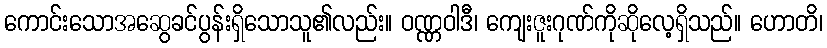
ကောင်းသောအဆွေခင်ပွန်းရှိသောသူ၏လည်း။ ဝဏ္ဏဝါဒီ၊ ကျေးဇူးဂုဏ်ကိုဆိုလေ့ရှိသည်။ ဟောတိ၊